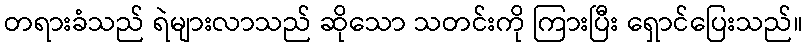
တရားခံသည် ရဲများလာသည် ဆိုသော သတင်းကို ကြားပြီး ရှောင်ပြေးသည်။